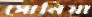
সোনিয়া